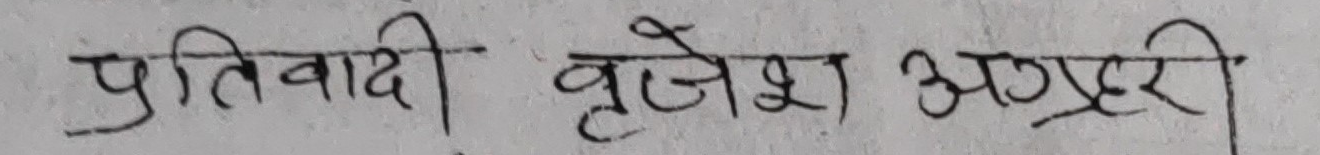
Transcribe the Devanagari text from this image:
प्रतिवादी बृजेश अग्रहरी